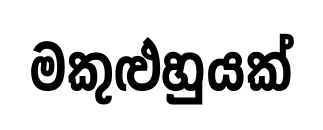
මකුළුහුයක්